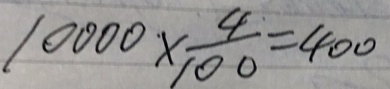
1 0 0 0 0 \times \frac { 4 } { 1 0 0 } = 4 0 0